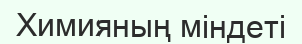
Химияның міндеті